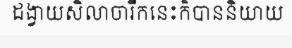
ដង្វាយសិលាចារឹកនេះក៏បាននិយាយ